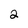
Character: 2